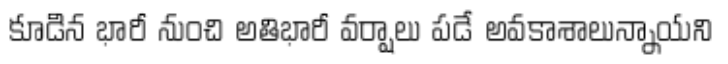
కూడిన భారీ నుంచి అతిభారీ వర్షాలు పడే అవకాశాలున్నాయని